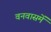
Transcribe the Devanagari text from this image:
वनवासमें